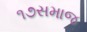
૧૭સમાજ